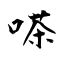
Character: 嗏